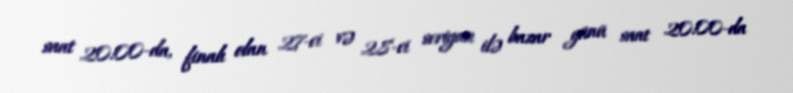
saat 20:00-da, finalı olan 27-ci və 28-ci seriyası ilə bazar günü saat 20:00-da